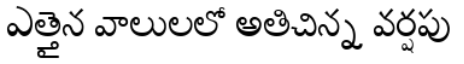
ఎత్తైన వాలులలో అతిచిన్న వర్షపు